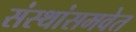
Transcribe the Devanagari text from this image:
संस्थांसमवेत